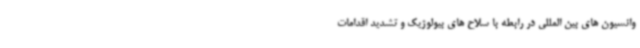
وانسیون های بین المللی در رابطه با سلاح های بیولوژیک و تشدید اقدامات